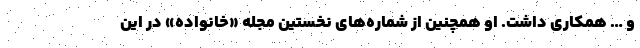
و … همکاری داشت. او همچنین از شماره‌های نخستین مجله «خانواده» در این